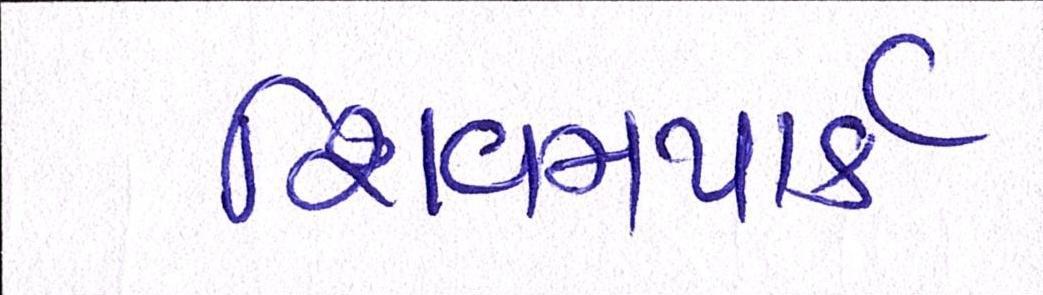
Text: શિવમપાર્ક